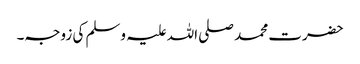
حضرت محمد صلی اللہ علیہ وسلم کی زوجہ۔